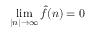
\operatorname* { l i m } _ { | n | \rightarrow \infty } { \hat { f } } ( n ) = 0